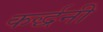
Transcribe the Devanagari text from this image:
कर्द्धनी